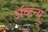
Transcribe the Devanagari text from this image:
अॅव्हेन्यू